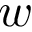
w